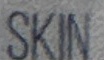
SKIN